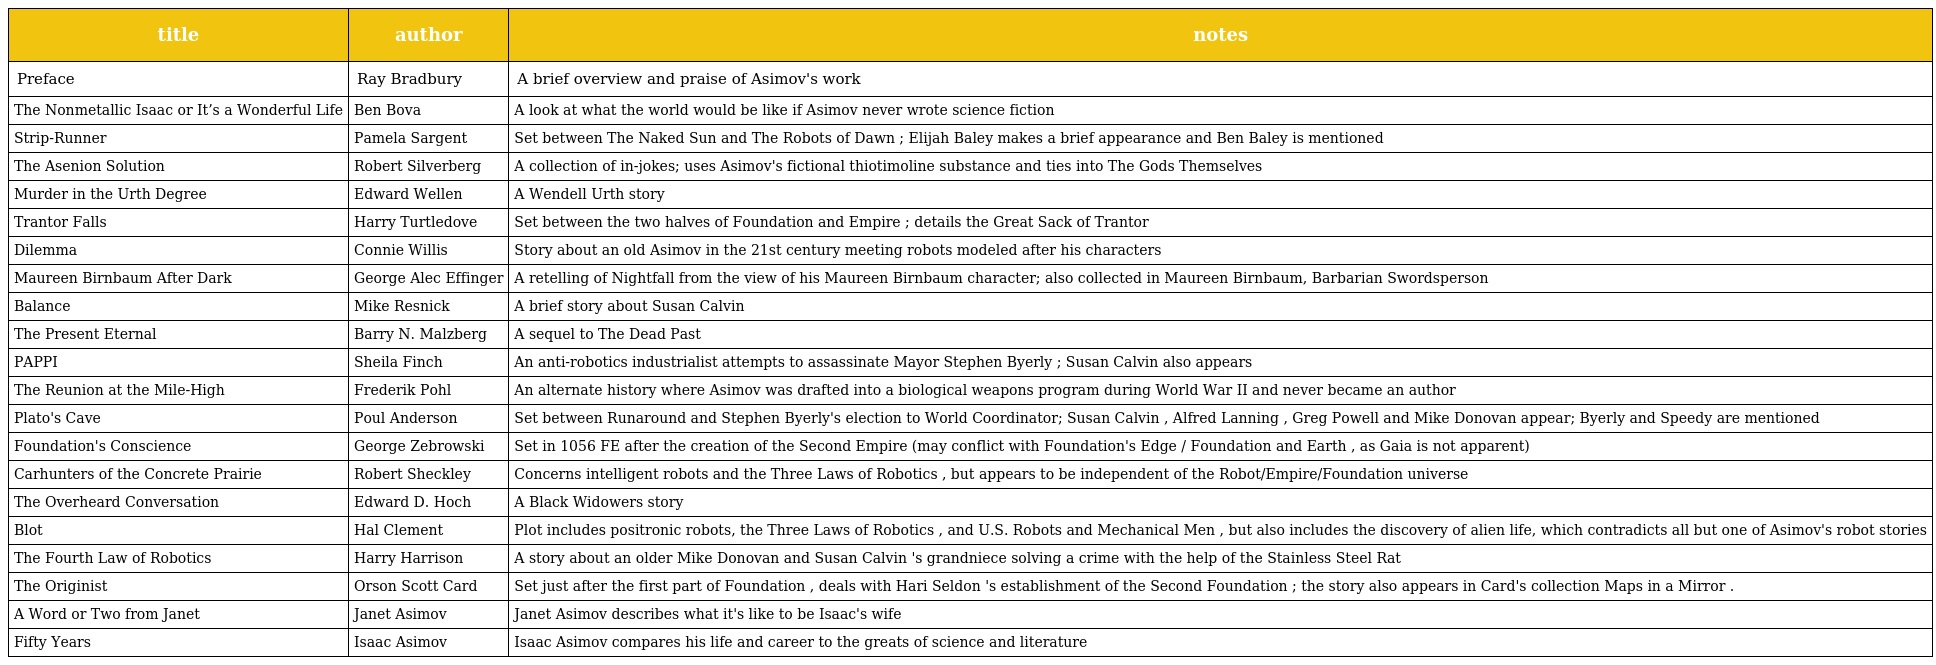
| title | author | notes |
 | --- | --- | --- |
 | Preface | Ray Bradbury | A brief overview and praise of Asimov's work |
 | The Nonmetallic Isaac or It’s a Wonderful Life | Ben Bova | A look at what the world would be like if Asimov never wrote science fiction |
 | Strip-Runner | Pamela Sargent | Set between The Naked Sun and The Robots of Dawn ; Elijah Baley makes a brief appearance and Ben Baley is mentioned |
 | The Asenion Solution | Robert Silverberg | A collection of in-jokes; uses Asimov's fictional thiotimoline substance and ties into The Gods Themselves |
 | Murder in the Urth Degree | Edward Wellen | A Wendell Urth story |
 | Trantor Falls | Harry Turtledove | Set between the two halves of Foundation and Empire ; details the Great Sack of Trantor |
 | Dilemma | Connie Willis | Story about an old Asimov in the 21st century meeting robots modeled after his characters |
 | Maureen Birnbaum After Dark | George Alec Effinger | A retelling of Nightfall from the view of his Maureen Birnbaum character; also collected in Maureen Birnbaum, Barbarian Swordsperson |
 | Balance | Mike Resnick | A brief story about Susan Calvin |
 | The Present Eternal | Barry N. Malzberg | A sequel to The Dead Past |
 | PAPPI | Sheila Finch | An anti-robotics industrialist attempts to assassinate Mayor Stephen Byerly ; Susan Calvin also appears |
 | The Reunion at the Mile-High | Frederik Pohl | An alternate history where Asimov was drafted into a biological weapons program during World War II and never became an author |
 | Plato's Cave | Poul Anderson | Set between Runaround and Stephen Byerly's election to World Coordinator; Susan Calvin , Alfred Lanning , Greg Powell and Mike Donovan appear; Byerly and Speedy are mentioned |
 | Foundation's Conscience | George Zebrowski | Set in 1056 FE after the creation of the Second Empire (may conflict with Foundation's Edge / Foundation and Earth , as Gaia is not apparent) |
 | Carhunters of the Concrete Prairie | Robert Sheckley | Concerns intelligent robots and the Three Laws of Robotics , but appears to be independent of the Robot/Empire/Foundation universe |
 | The Overheard Conversation | Edward D. Hoch | A Black Widowers story |
 | Blot | Hal Clement | Plot includes positronic robots, the Three Laws of Robotics , and U.S. Robots and Mechanical Men , but also includes the discovery of alien life, which contradicts all but one of Asimov's robot stories |
 | The Fourth Law of Robotics | Harry Harrison | A story about an older Mike Donovan and Susan Calvin 's grandniece solving a crime with the help of the Stainless Steel Rat |
 | The Originist | Orson Scott Card | Set just after the first part of Foundation , deals with Hari Seldon 's establishment of the Second Foundation ; the story also appears in Card's collection Maps in a Mirror . |
 | A Word or Two from Janet | Janet Asimov | Janet Asimov describes what it's like to be Isaac's wife |
 | Fifty Years | Isaac Asimov | Isaac Asimov compares his life and career to the greats of science and literature |